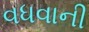
વધવાની